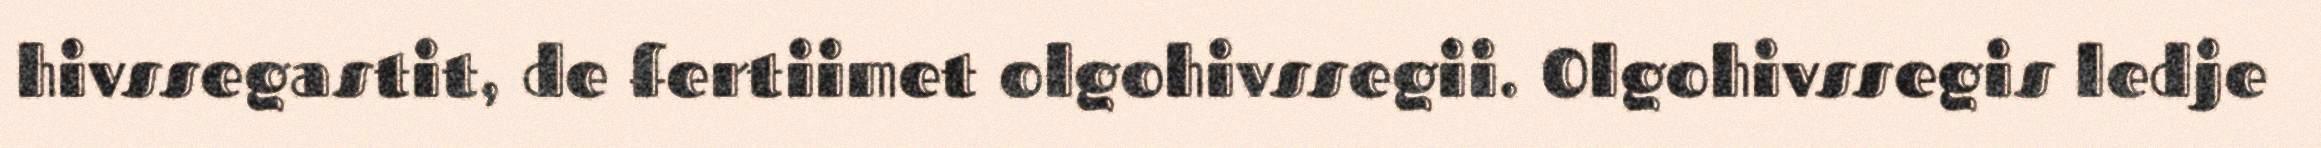
hivssegastit, de fertiimet olgohivssegii. Olgohivssegis ledje